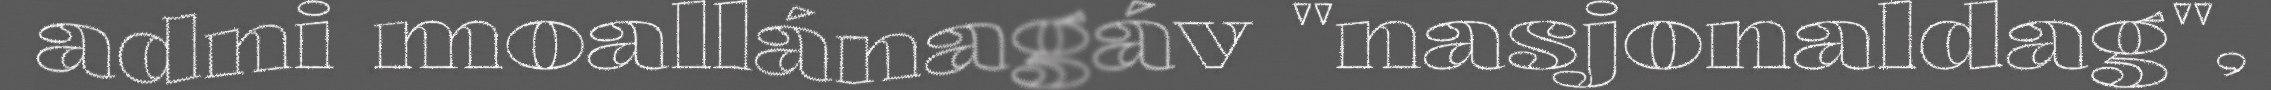
adni moallánagáv "nasjonaldag",